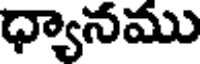
ధ్యానము